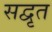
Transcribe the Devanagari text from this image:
सद्वृत